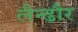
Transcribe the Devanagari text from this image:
लैन्ढौर